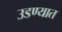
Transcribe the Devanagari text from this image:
उडण्यात